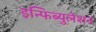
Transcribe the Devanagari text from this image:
इन्फिब्युलेशन